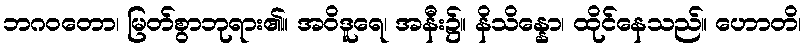
ဘဂဝတော၊ မြတ်စွာဘုရား၏။ အဝိဒူရေ၊ အနီး၌။ နိသိန္နော၊ ထိုင်နေသည်။ ဟောတိ၊